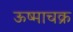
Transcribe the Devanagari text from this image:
ऊष्माचक्र